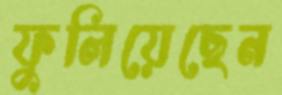
ফুলিয়েছেন